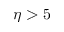
\eta > 5